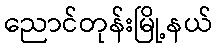
ညောင်တုန်းမြို့နယ်